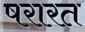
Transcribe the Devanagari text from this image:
षरारत